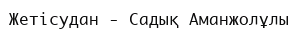
Жетісудан - Садық Аманжолұлы